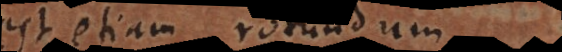
est etiam rotundum.